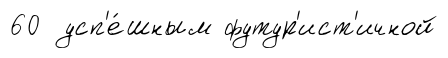
60 усп'е́шным футур'ист'ичной